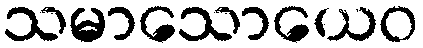
သမာသောယေဝ